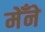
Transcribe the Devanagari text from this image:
मेँने